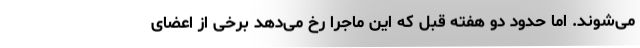
می‌شوند. اما حدود دو هفته قبل که این ماجرا رخ می‌دهد برخی از اعضای